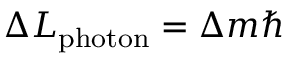
\Delta L _ { \mathrm { p h o t o n } } = \Delta m \hbar